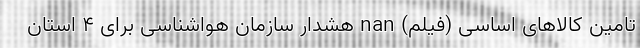
تامین کالاهای اساسی (فیلم) nan هشدار سازمان هواشناسی برای ۴ استان